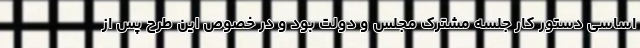
اساسی دستور کار جلسه مشترک مجلس و دولت بود و در خصوص این طرح پس از